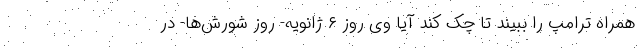
همراه ترامپ را ببیند تا چک کند آیا وی روز ۶ ژانویه- روز شورش‌ها- در